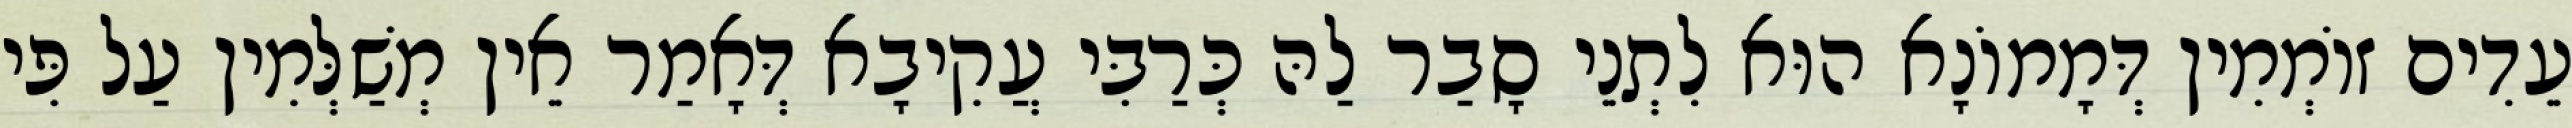
עֵדִים זוֹמְמִין דְּמָמוֹנָא הוּא לִתְנֵי סָבַר לַהּ כְּרַבִּי עֲקִיבָא דְּאָמַר אֵין מְשַׁלְּמִין עַל פִּי